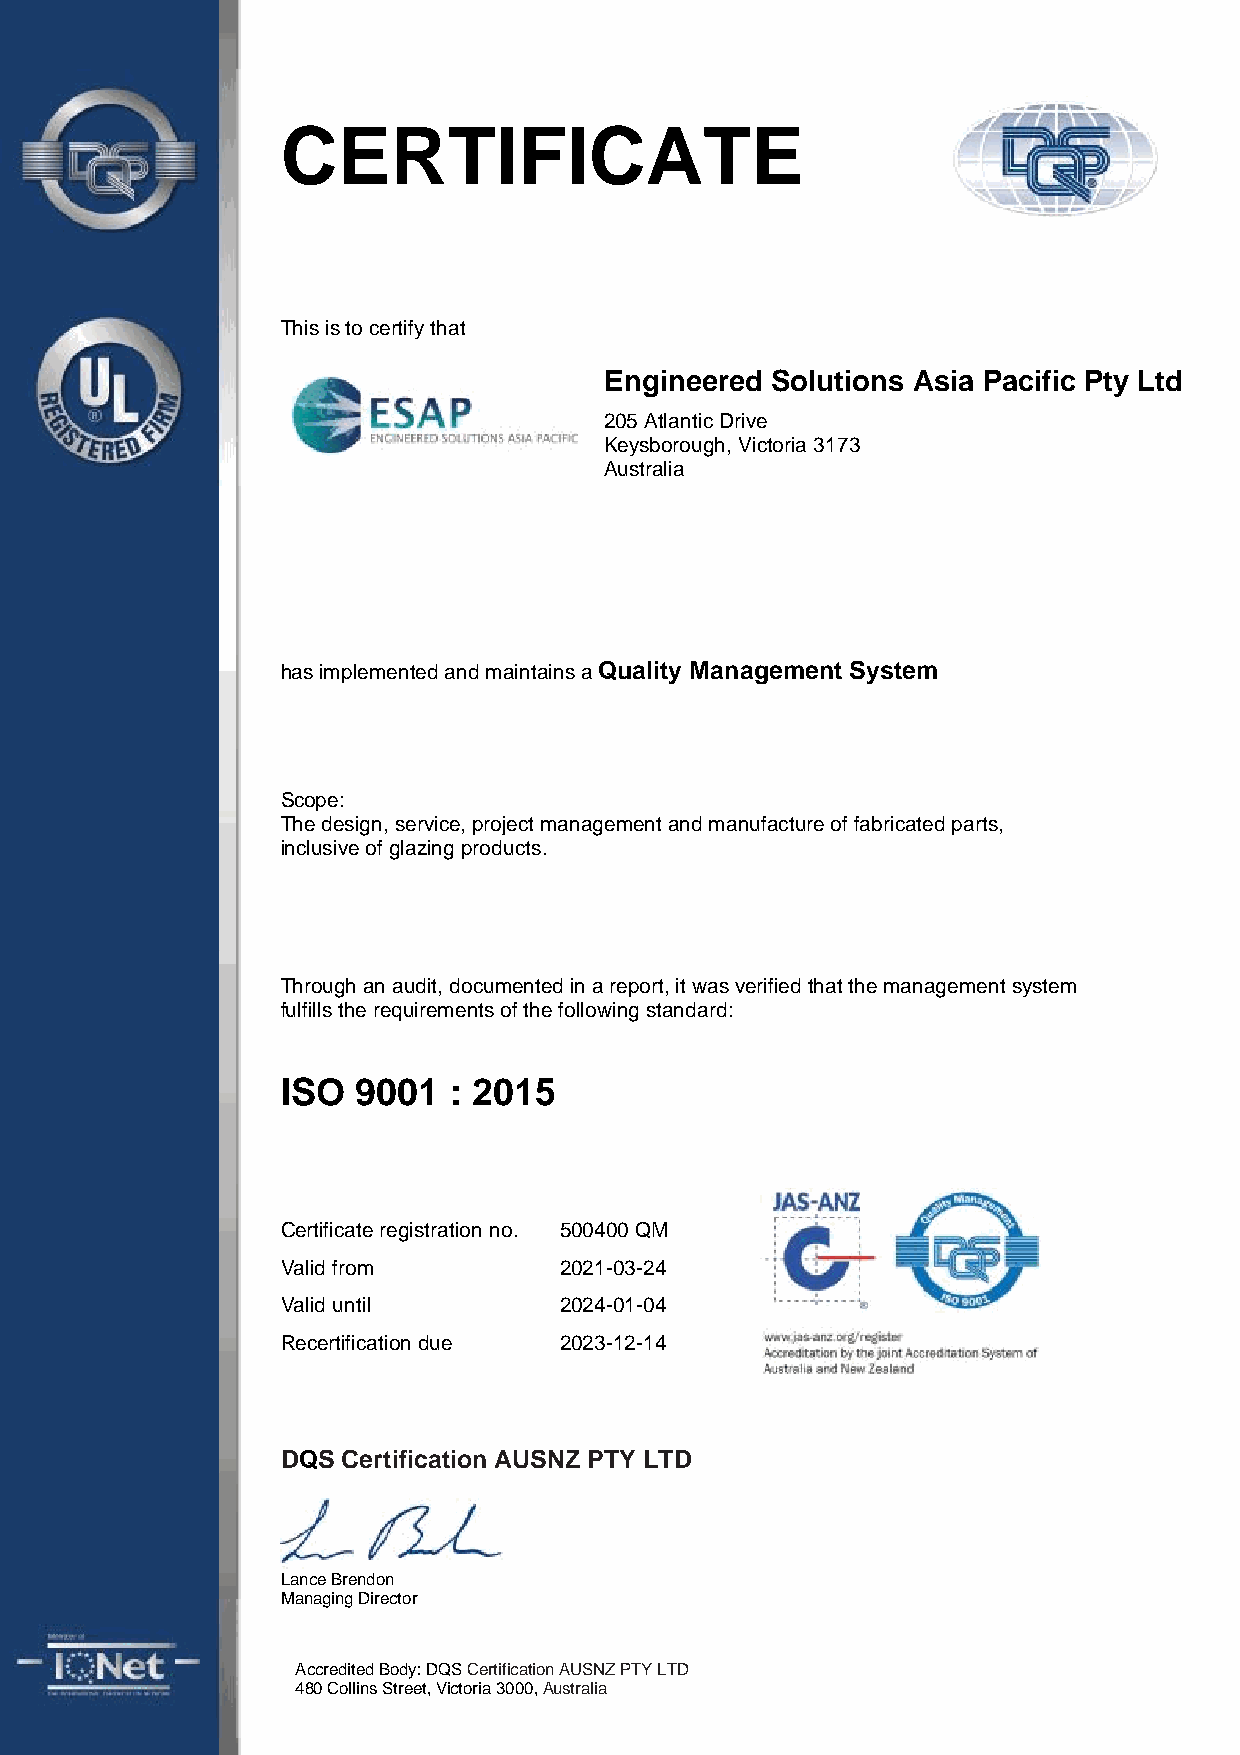
CERTIFICATE
 This is to certify that
 Engineered Solutions Asia Pacific Pty Ltd
 205 Atlantic Drive
 Keysborough, Victoria 3173
 Australia
 has implemented and maintains a Quality Management System
 Scope:
 The design, service, project management and manufacture of fabricated parts,
 inclusive of glazing products.
 Through an audit, documented in a report, it was verified that the management system
 fulfills the requirements of the following standard:
 ISO  9001  : 2015
 Certificate registration no. 500400 QM
 Valid from        2021-03-24
 Valid until       2024-01-04
 Recertification due 2023-12-14
 DQS Certification AUSNZ PTY LTD
 Lance Brendon
 Managing Director
 Accredited Body: DQS Certification AUSNZ PTY LTD
 480 Collins Street, Victoria 3000, Australia